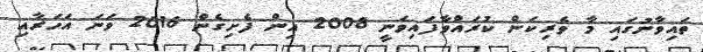
ތައިވާނުގައި މާ ވެރިކަން ކުރައްވާފައިވަނީ 2008 އިން ފެށިގެން 2016 ވަނަ އަހަރާއި